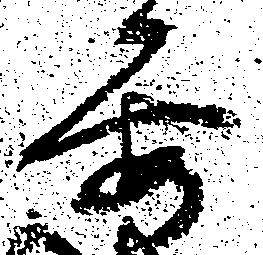
要